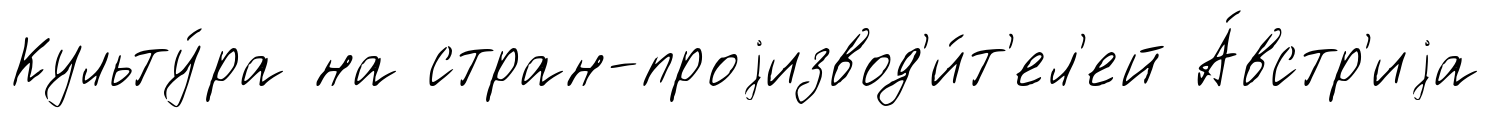
Культу́ра на стран-проjизвод'и́т'ел'ей А́встр'иjа